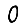
Digit: 0